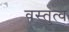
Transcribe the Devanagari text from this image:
वस्तुत्व